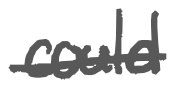
Text: could
Cross-out: single-line
Writing tool: digital_gray